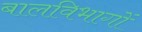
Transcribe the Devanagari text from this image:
बालविभागों